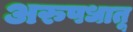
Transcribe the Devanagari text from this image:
अरुपधातू